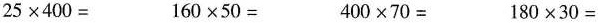
$$25\times 400=$$ $$160\times 50=$$ $$400\times 70=$$ $$180\times 30=$$